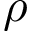
\rho